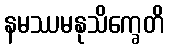
နမဿမနုသိက္ခေတိ